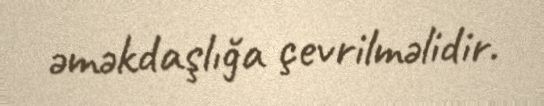
əməkdaşlığa çevrilməlidir.